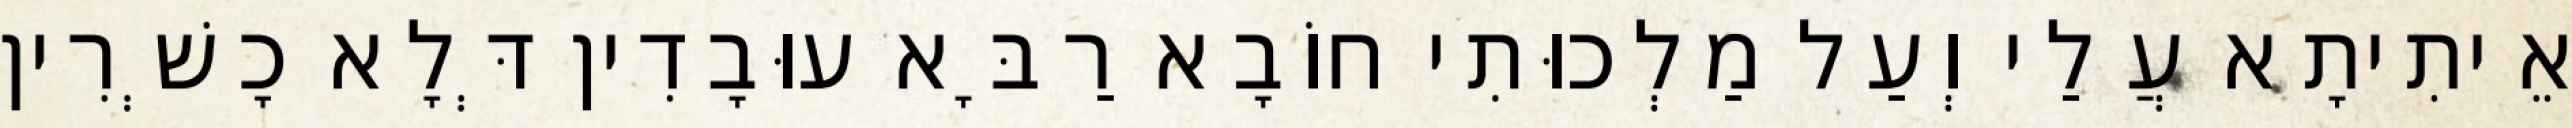
אֵיתִיתָא עֲלַי וְעַל מַלְכוּתִי חוֹבָא רַבָּא עוּבָדִין דְּלָא כָשְׁרִין